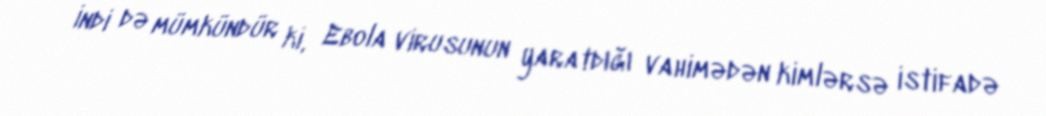
İndi də mümkündür ki, Ebola virusunun yaratdığı vahimədən kimlərsə istifadə